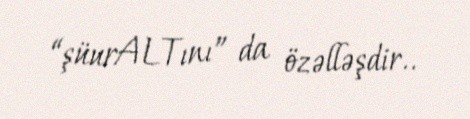
“şüurALTını” da özəlləşdir..